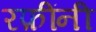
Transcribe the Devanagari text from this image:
रफ़ींनी